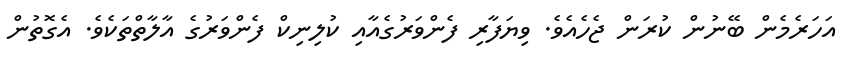
އަހަރެމެން ބޭނުން ކުރަން ޖެހެއެވެ. ވިޔަފާރި ފެންވަރުގެއާއި ކުލިނިކް ފެންވަރުގެ އާލާތްތަކެވެ. އެގޮތުން